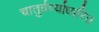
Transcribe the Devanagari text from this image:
चातुर्वर्ण्याधारित